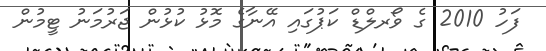
ފަހު 2010 ގެ ވޯރލްޑް ކަޕުގައި އޭނާގެ މޮޅު ކުޅުން ޖަރުމަނު ޓީމުން